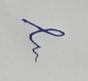
Signature authenticity: forged